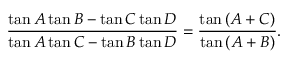
{ \frac { \tan { A } \tan { B } - \tan { C } \tan { D } } { \tan { A } \tan { C } - \tan { B } \tan { D } } } = { \frac { \tan { ( A + C ) } } { \tan { ( A + B ) } } } .